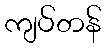
ကျပ်တန်